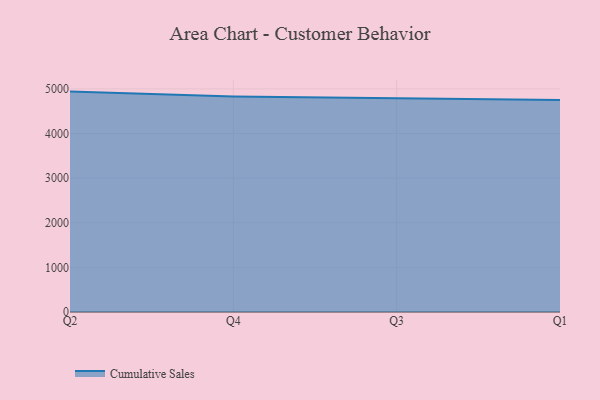
{"axis": {"x": "Quarter", "y": "Bounce Rate (%)"}, "legend": ["Cumulative Sales"], "data": [{"x": "Q2", "y": 4939.8, "type": "Cumulative Sales"}, {"x": "Q4", "y": 4828.2, "type": "Cumulative Sales"}, {"x": "Q3", "y": 4793.4, "type": "Cumulative Sales"}, {"x": "Q1", "y": 4750.7, "type": "Cumulative Sales"}]}